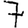
Digit: 7